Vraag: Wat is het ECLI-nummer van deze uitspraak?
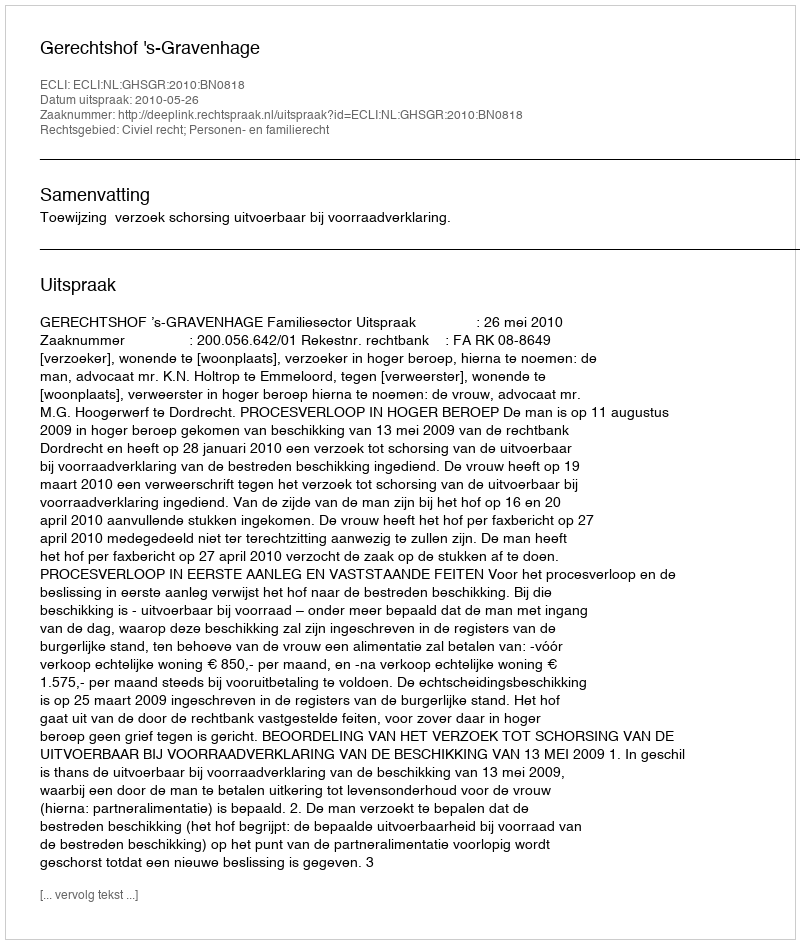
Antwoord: ECLI:NL:GHSGR:2010:BN0818